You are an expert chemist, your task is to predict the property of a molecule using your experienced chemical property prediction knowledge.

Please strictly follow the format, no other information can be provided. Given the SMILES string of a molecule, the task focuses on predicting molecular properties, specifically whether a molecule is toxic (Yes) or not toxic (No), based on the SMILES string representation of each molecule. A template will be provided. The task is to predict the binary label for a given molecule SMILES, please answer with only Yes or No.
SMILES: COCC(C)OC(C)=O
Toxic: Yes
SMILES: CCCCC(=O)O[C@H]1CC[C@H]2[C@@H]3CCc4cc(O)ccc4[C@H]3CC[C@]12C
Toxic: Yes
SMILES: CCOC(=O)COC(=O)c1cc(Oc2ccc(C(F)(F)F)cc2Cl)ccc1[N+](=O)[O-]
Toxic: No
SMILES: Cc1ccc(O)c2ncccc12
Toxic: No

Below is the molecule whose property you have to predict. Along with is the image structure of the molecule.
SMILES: O=[N+]([O-])c1ccccc1[O-]
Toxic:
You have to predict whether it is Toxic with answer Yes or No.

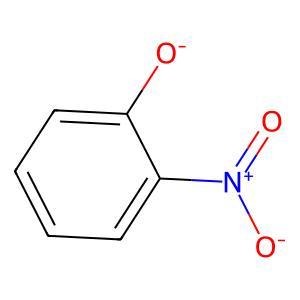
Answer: No